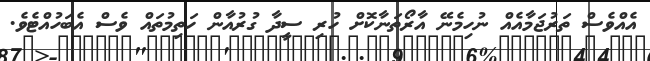
އެއްވެސް ތަރުޖަމާއެއް ނުހިމެނޭ އާރޯތަނާކޮށް ހުރި ސީދާ ގުރުއާން ހަތިމުތައް ވެސް އެބަހުއްޓެވެ.